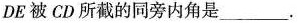
DE被CD所截的同旁内角是___。